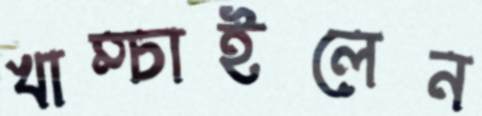
খাম্‌চাইলেন